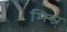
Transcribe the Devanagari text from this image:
मिस्र्